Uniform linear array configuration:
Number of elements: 64
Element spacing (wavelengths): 1
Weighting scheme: kaiser
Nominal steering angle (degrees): -45
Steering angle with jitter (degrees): -45.838
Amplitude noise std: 0.05
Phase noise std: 0.05

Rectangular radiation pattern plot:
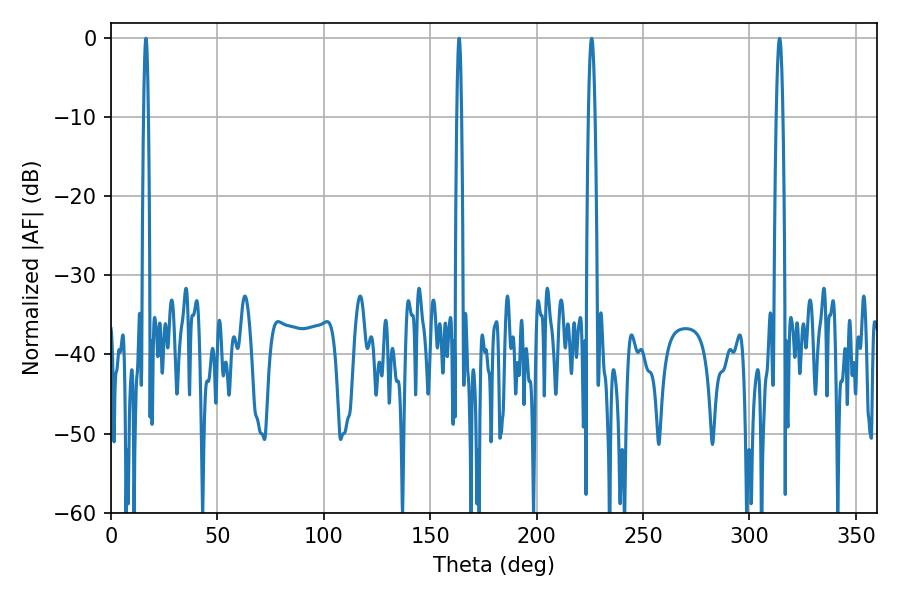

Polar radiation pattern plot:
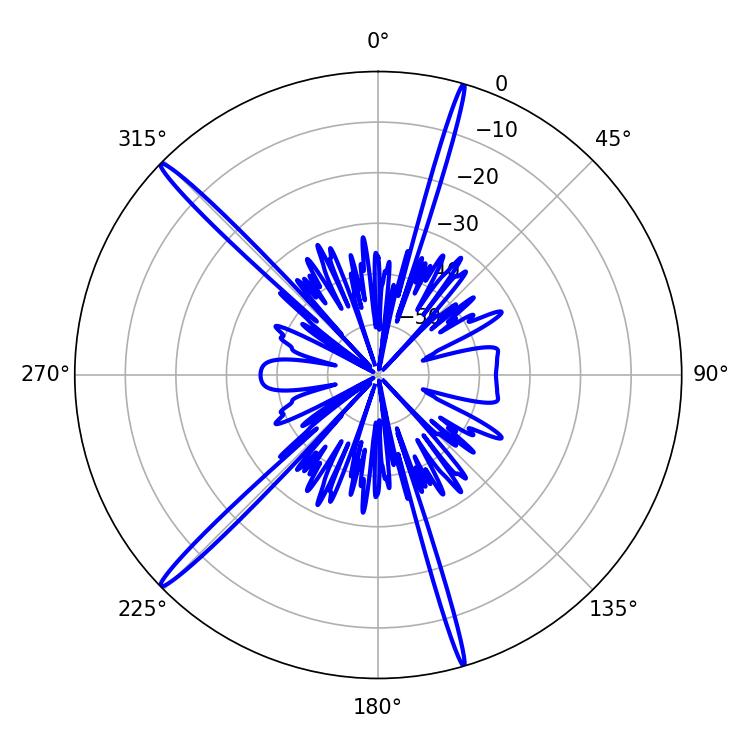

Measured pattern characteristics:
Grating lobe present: TRUE
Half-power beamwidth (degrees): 1.08
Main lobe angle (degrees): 163.62